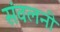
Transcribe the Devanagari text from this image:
संवलनी